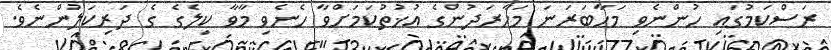
ރަސްކަމުގައި ހުންނެވި މަހާބަރަނަ މަހާރަދުންގެ އުޚުތުކަމަށްވާ ހެނެވި މާވާ ކިލެގެ ގެ ދަރިކަލުންނެވެ.